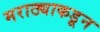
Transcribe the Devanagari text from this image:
मराठ्याकडून